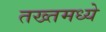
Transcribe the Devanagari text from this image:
तख्तमध्ये